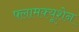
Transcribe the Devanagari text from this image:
फ्लामक्यूशेन